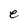
Character: e